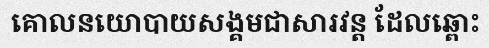
គោលនយោបាយសង្គមជាសារវន្ត ដែលឆ្ពោះ